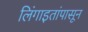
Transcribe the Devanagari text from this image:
लिंंगाइतांपासून